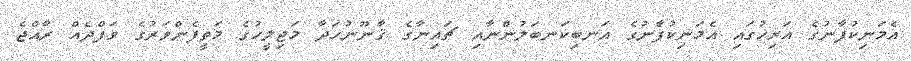
އެމަނިކުފާނުގެ އަރިހުގައި އެމަނިކުފާނުގެ އަނބިކަނބަލުންނާއި ޗައިނާގެ ޤާނޫނުހަދާ މަޖިލީހުގެ މަތީފެންވަރުގެ ވަފްދެއް ރާއްޖެ